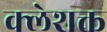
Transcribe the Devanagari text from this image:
क्लेशक्त